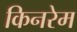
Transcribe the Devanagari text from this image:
किनरेम